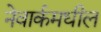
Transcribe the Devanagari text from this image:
नेवार्कमधील